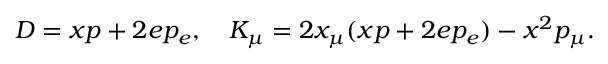
D = x p + 2 e p _ { e } , \quad K _ { \mu } = 2 x _ { \mu } ( x p + 2 e p _ { e } ) - x ^ { 2 } p _ { \mu } .